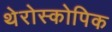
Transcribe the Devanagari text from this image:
थेरोस्कोपिक